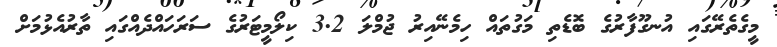
މީގެތެރޭގައި އުނގޫފާރުގެ ބޮޑެތި މަގުތައް ހިމެނޭއިރު ޖުމްލަ 3.2 ކިލޯމީޓަރުގެ ސަރަހައްދެއްގައި ތާރުއެޅުމަށް